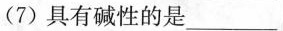
(7)具有碱性的是___